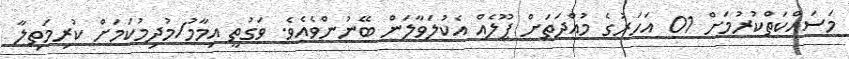
މަސައްކަތްކުރުމަށް 01 އަހަރުގެ މުއްދަތަށް ޕޫލެއް އެކުލަވާލަން ބޭނުންވެއެވެ. ވަގުތީ އިމާމު/މުދިމުކަމަށް ކުރިމަތިލާ